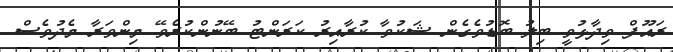
ރައޫފް ވިދާޅުވީ ބިލު ބޮޑުވެގެން ޝަކުވާ ކުރާއިރު ކަރަންޓު ބޭނުންކުރެވޭ މިންވަރާ މެދުވެސް